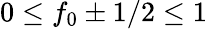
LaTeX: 0\le f_{0}\pm 1/2\le 1